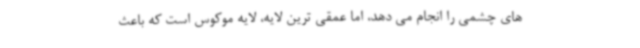
های چشمی را انجام می دهد، اما عمقی ترین لایه، لایه موکوس است که باعث